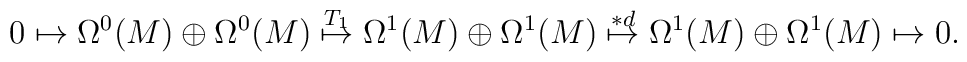
0 \mapsto \Omega^{0}(M)\oplus\Omega^{0}(M)  \stackrel{T_{1}}{\mapsto} \Omega^{1}(M)\oplus\Omega^{1}(M)  \stackrel{*d}{\mapsto}  \Omega^{1}(M)\oplus\Omega^{1}(M)  \mapsto 0.